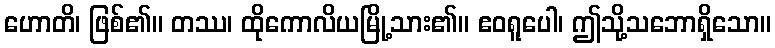
ဟောတိ၊ ဖြစ်၏။ တဿ၊ ထိုကောလိယမြို့သား၏။ ဧဝရူပေါ၊ ဤသို့သဘောရှိသော။